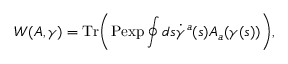
W ( A , \gamma ) = \mathrm { T r } \biggr ( \mathrm { P e x p } \oint d s \dot { \gamma } ^ { a } ( s ) A _ { a } ( \gamma ( s ) ) \biggr ) ,